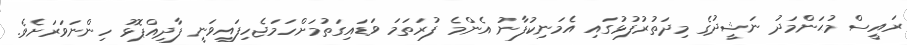
ރައީސް މުޙަންމަދު ނަޝީދުގެ މިދަތުރުފުޅުގައި އެމަނިކުފާނު އެންމެ ފުރަތަމަ ވަޑައިގަތުމަށްހަމަޖެހިފައިވަނީ ފާދިއްޕޮޅު ހިންނަވަރަށެވެ.